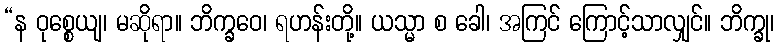
“န ဝုစ္စေယျ၊ မဆိုရာ။ ဘိက္ခဝေ၊ ရဟန်းတို့။ ယသ္မာ စ ခေါ၊ အကြင် ကြောင့်သာလျှင်။ ဘိက္ခု၊